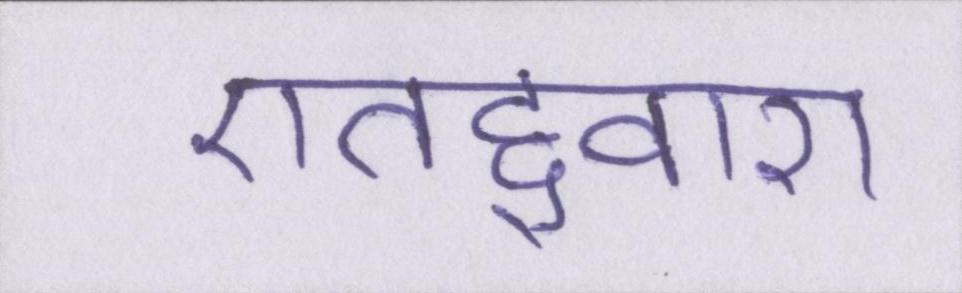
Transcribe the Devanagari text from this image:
एतद्द्वारा